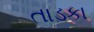
તાડકા